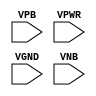
module sky130_fd_sc_ls__tapvgndnovpb (
    //# {{power|Power}}
    input VPB ,
    input VPWR,
    input VGND,
    input VNB
);
endmodule